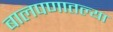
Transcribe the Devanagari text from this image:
बालपणातल्या